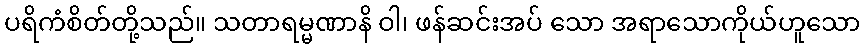
ပရိကံစိတ်တို့သည်။ သတာရမ္မဏာနိ ဝါ၊ ဖန်ဆင်းအပ် သော အရာသောကိုယ်ဟူသော